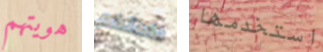
هويتهم خاصتكم استخدمها